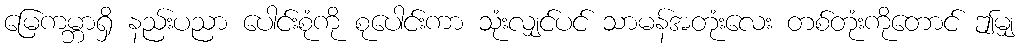
မြေကမ္ဘာရှိ နည်းပညာ ပေါင်းစုံကို စုပေါင်းကာ သုံးလျှင်ပင် သာမန်အတုံးလေး တစ်တုံးကိုတောင် ဤမျှ